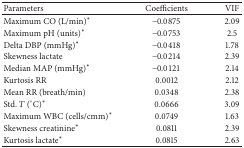
<table><thead><tr><td><b>Parameters</b></td><td><b>Coefficients</b></td><td><b>VIF</b></td></tr></thead><tbody><tr><td>Maximum CO (L/min)<sup><i>∗</i></sup></td><td>−0.0875</td><td>2.09</td></tr><tr><td>Maximum pH (units)<sup><i>∗</i></sup></td><td>−0.0753</td><td>2.5</td></tr><tr><td>Delta DBP (mmHg)<sup><i>∗</i></sup></td><td>−0.0418</td><td>1.78</td></tr><tr><td>Skewness lactate</td><td>−0.0214</td><td>2.39</td></tr><tr><td>Median MAP (mmHg)<sup><i>∗</i></sup></td><td>−0.0121</td><td>2.14</td></tr><tr><td>Kurtosis RR</td><td>0.0012</td><td>2.12</td></tr><tr><td>Mean RR (breath/min)</td><td>0.0348</td><td>2.38</td></tr><tr><td>Std. <i>T</i> (°C)<sup><i>∗</i></sup></td><td>0.0666</td><td>3.09</td></tr><tr><td>Maximum WBC (cells/cmm)<sup><i>∗</i></sup></td><td>0.0749</td><td>1.63</td></tr><tr><td>Skewness creatinine<sup><i>∗</i></sup></td><td>0.0811</td><td>2.39</td></tr><tr><td>Kurtosis lactate<sup><i>∗</i></sup></td><td>0.0815</td><td>2.63</td></tr></tbody></table>